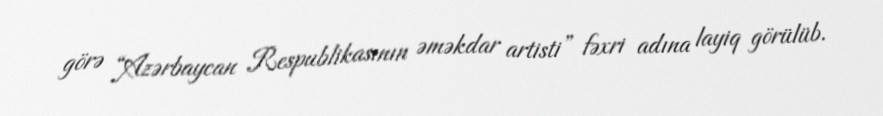
görə “Azərbaycan Respublikasının əməkdar artisti” fəxri adına layiq görülüb.